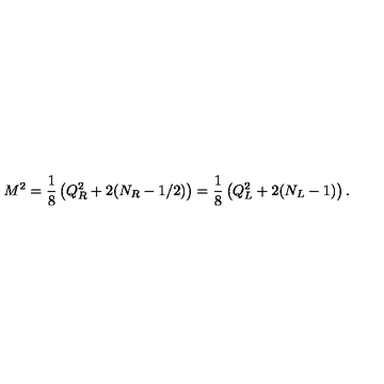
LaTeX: M ^ { 2 } = \frac { 1 } { 8 } \left( Q _ { R } ^ { 2 } + 2 ( N _ { R } - 1 / 2 ) \right) = \frac { 1 } { 8 } \left( Q _ { L } ^ { 2 } + 2 ( N _ { L } - 1 ) \right) .